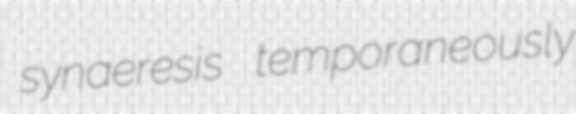
synaeresis temporaneously